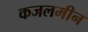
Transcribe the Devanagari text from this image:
कजलमीन